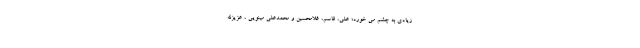
زیادی به چشم می خورد؛ علی، قاسم، غلامحسین و محمدعلی مینویی ، عزیزالله